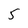
Character: 5